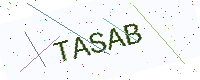
Text: TASAB